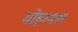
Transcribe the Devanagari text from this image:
मोहम्मल